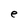
Character: e